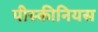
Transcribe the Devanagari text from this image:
पीस्कीनियस